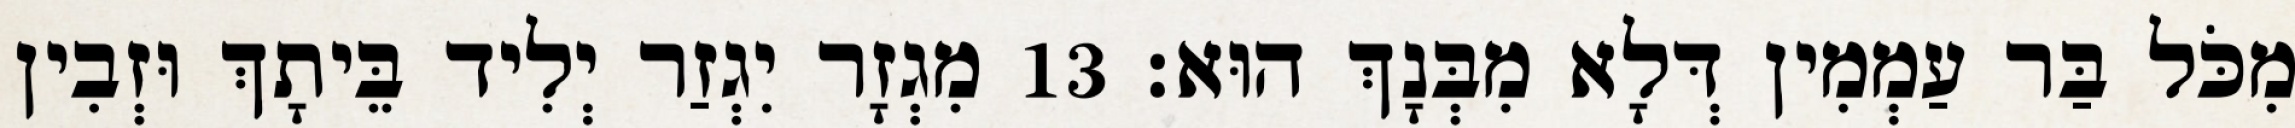
מִכֹּל בַּר עַמְמִין דְּלָא מִבְּנָךְ הוּא׃ 13 מִגְזָר יִגְזַר יְלִיד בֵּיתָךְ וּזְבִין